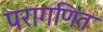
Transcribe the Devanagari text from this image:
परागणित